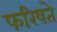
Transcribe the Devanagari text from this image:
फरिषते